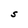
Character: S